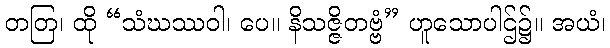
တတြ၊ ထို “သံဃဿဝါ၊ ပေ။ နိသဇ္ဇိတဗ္ဗံ” ဟူသောပါဌ်၌။ အယံ၊